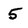
Character: 5